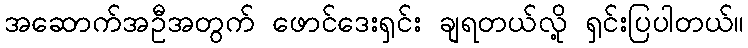
အဆောက်အဦအတွက် ဖောင်ဒေးရှင်း ချရတယ်လို့ ရှင်းပြပါတယ်။